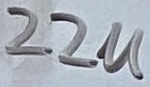
Text: 22u